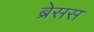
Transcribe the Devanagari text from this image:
ब्रेसस